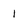
Character: 1